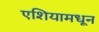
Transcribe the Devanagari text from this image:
एशियामधून